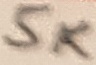
Text: 5K